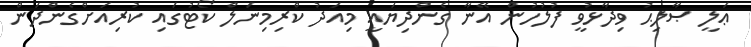
ޢަލީ ޞާލިޙު ވިދާޅުވީ ފުލުހުން އޭނާ ގެންދިޔައީ މިއަދު ކްރިމިނަލް ކޯޓުގައި ކުރިއަށްގެންދަން